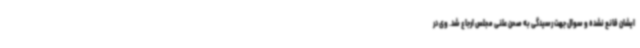
ایشان قانع نشده و سوال جهت رسیدگی به صحن علنی مجلس ارجاع شد. وی در